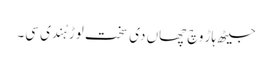
جیٹھ ہاڑ وچ چھاں دی سخت لوڑ ہُندی سی۔